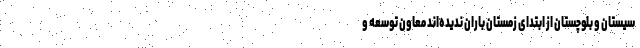
سیستان و بلوچستان از ابتدای زمستان باران ندیده‌اند معاون توسعه و